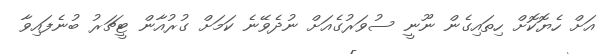
އަށް ހެޔޮކޮށް ހިތައިގެން ނޫނީ ސުވަރުގެއަށް ނުދެވޭނެ ކަމަށް ގުރުއާން ޓީޗަރު ބުނެފައިވާ